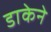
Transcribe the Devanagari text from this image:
डाकेने